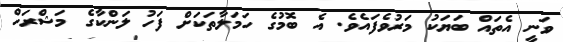
ވަނީ އެތައް ބަޔަކު މަރުވެފައެވެ. އެ ބޮމުގެ ހަމަލާތަކަށް ފަހު ލަންކާގެ މަޝްރަހް